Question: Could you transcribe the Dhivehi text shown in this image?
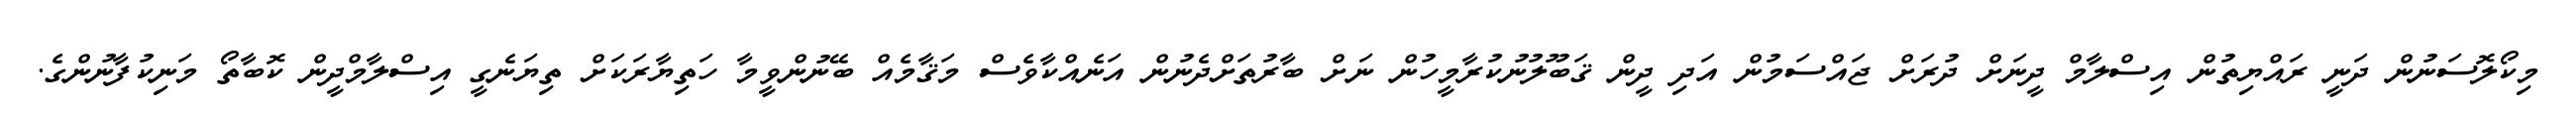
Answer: މިކޯލޮސަނުން ދަނީ ރައްޔިތުން އިސްލާމް ދީނަށް ދުރަށް ޖައްސަމުން އަދި ދީން ޤަބޫލުނުކުރާމީހުން ނަށް ބާރުތަށްދެނުން އަނެއްކާވެސް މަޤާމެއް ބޭނުންވީމާ ހަތިޔާރަކަށް ތިޔަނެގީ އިސްލާމްދީން ކޮބާތޯ މަނިކުފާނުންގެ.